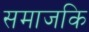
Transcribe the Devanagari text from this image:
समाजकि